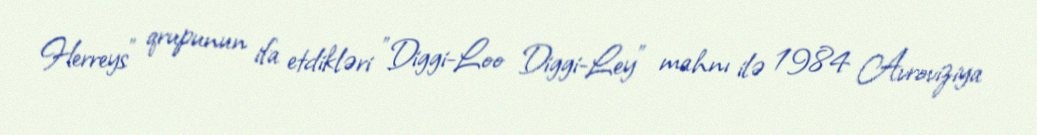
Herreys" qrupunun ifa etdikləri "Diggi-Loo Diggi-Ley" mahnı ilə 1984 Avroviziya